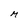
Character: M